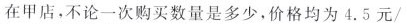
在甲店，不论一次购买数量是多少，价格均为4.5元/